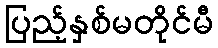
ပြည့်နှစ်မတိုင်မီ